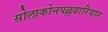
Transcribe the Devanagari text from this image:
सोलाकोनपल्लवारियार